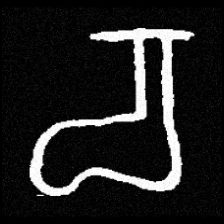
Pyu character \u2014 Myanmar letter: စ (romanized: ca)